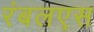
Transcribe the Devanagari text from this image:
रंबलएस